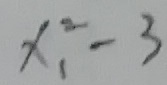
x _ { 1 } ^ { 2 } - 3